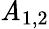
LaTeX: \mathit{A}_{1,2}